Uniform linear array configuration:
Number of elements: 48
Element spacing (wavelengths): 1
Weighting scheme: binomial
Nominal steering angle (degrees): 15
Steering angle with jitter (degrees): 13.049
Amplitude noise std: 0.05
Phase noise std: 0.05

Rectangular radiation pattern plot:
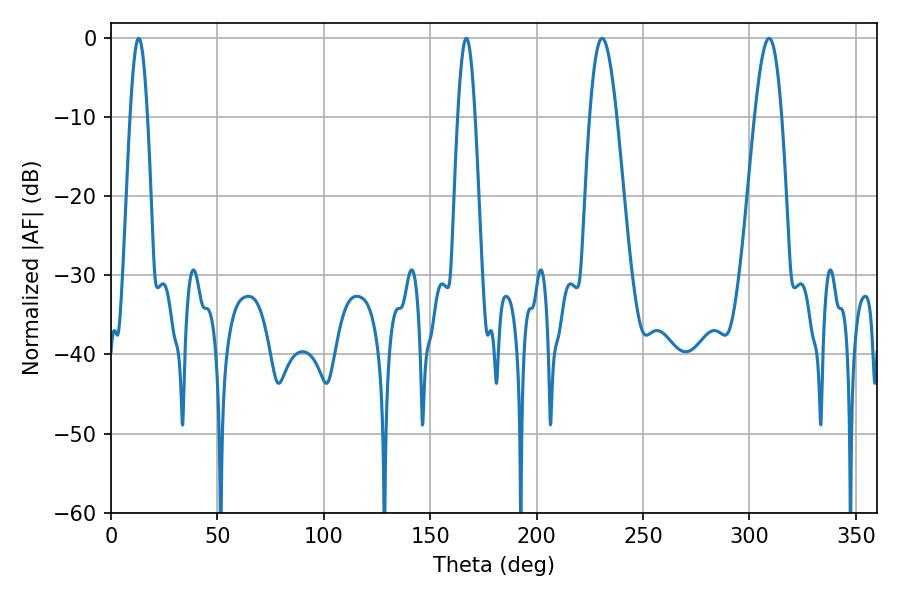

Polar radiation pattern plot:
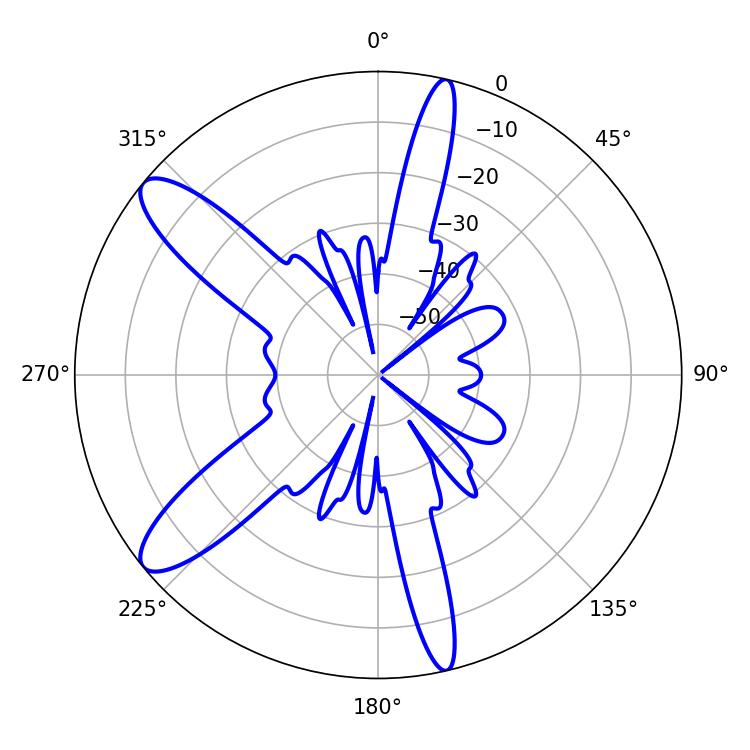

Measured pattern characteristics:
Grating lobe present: TRUE
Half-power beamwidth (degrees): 6.84
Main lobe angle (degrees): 309.24